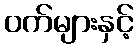
ဝက်များနှင့်